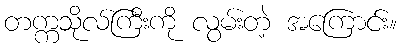
တက္ကသိုလ်ကြီးကို လွမ်းတဲ့ အကြောင်း။